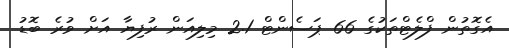
އެގޮތުން ފްލެޓްތަކުގެ 66 ޕަސެންޓް 2.1 މިލިއަން ރުފިޔާ އަށް ވުރެ ބޮޑު